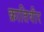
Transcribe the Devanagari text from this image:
क्रातिवीर